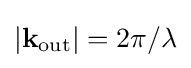
|\mathbf {k} _{\mathrm {out} }|=2\pi /\lambda